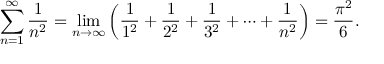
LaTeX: \sum _ { n = 1 } ^ { \infty } { \frac { 1 } { n ^ { 2 } } } = \operatorname* { l i m } _ { n \to \infty } \left( { \frac { 1 } { 1 ^ { 2 } } } + { \frac { 1 } { 2 ^ { 2 } } } + { \frac { 1 } { 3 ^ { 2 } } } + \cdots + { \frac { 1 } { n ^ { 2 } } } \right) = { \frac { \pi ^ { 2 } } { 6 } } .